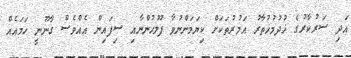
އަދި ސަރުކާރުގެ ޚުދުމުޚުތާރު އަމުރުތަކަށް ކިޔަމަންނުވާ ފުލުހުންނާއި ސިފައިން އެއްވެސް ގާނޫނީ ހަމައެއް